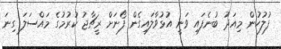
ފުލުހުން މިއަދު ބުނެފައި ވަނީ އުޅުވާލައިގެން ފޯނަށް ރީޗާޖު ކުރުމުގެ މައްސަލަ ގިނަ